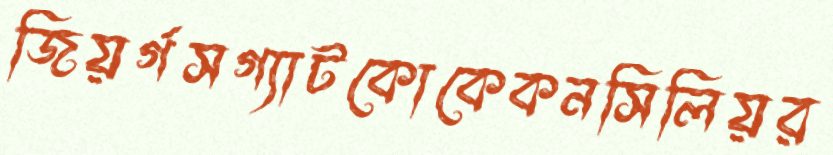
জিয়র্গসগ্যাটকোকেকনসিলিয়র